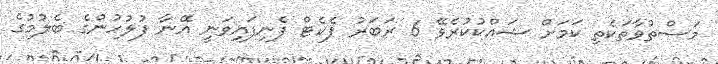
މަސްތުވާތަކެތި ކަމަށް ޝައްކުކުރެވޭ 6 ރަބަރު ޕެކެޓް ފެނިފައިވަނީ އޭނާ ފުލުހުންގެ ބެލުމުގެ